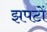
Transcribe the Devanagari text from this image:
झपटों